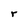
Character: r